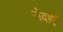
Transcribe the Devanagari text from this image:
सेवाएॅं